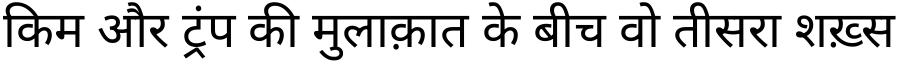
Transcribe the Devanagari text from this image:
किम और ट्रंप की मुलाक़ात के बीच वो तीसरा शख़्स